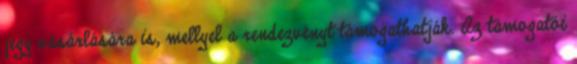
jegy vásárlására is, mellyel a rendezvényt támogathatják. Az támogatói